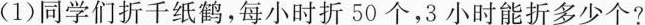
(1)同学们折千纸鹤，每小时折50个，3小时能折多少个?